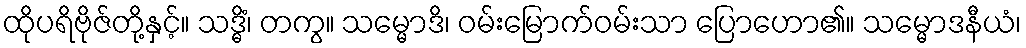
ထိုပရိဗိုဇ်တို့နှင့်။ သဒ္ဓိံ၊ တကွ။ သမ္မောဒိ၊ ဝမ်းမြောက်ဝမ်းသာ ပြောဟော၏။ သမ္မောဒနီယံ၊